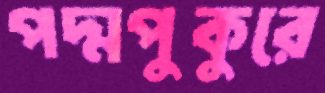
পদ্মপুকুরে